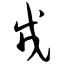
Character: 戎